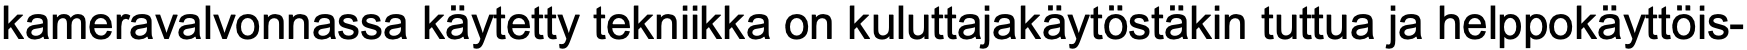
kameravalvonnassa käytetty tekniikka on kuluttajakäytöstäkin tuttua ja helppokäyttöis-